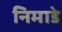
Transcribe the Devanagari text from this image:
निमाडे